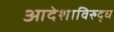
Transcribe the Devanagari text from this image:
आदेशाविरुद्ध